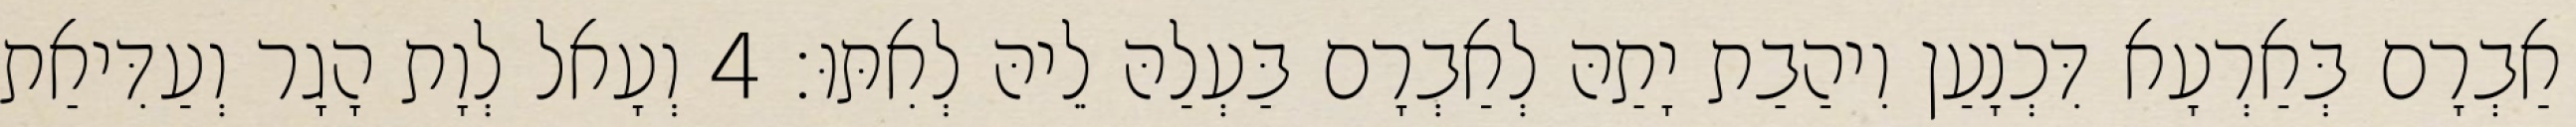
אַבְרָם בְּאַרְעָא דִּכְנָעַן וִיהַבַת יָתַהּ לְאַבְרָם בַּעְלַהּ לֵיהּ לְאִתּוּ׃ 4 וְעָאל לְוָת הָגָר וְעַדִּיאַת